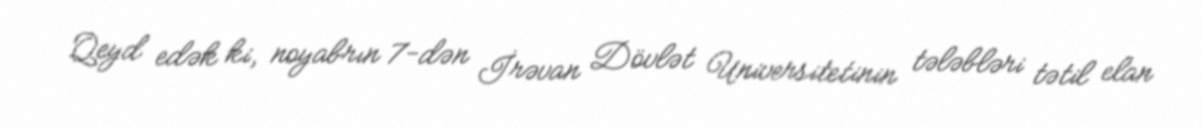
Qeyd edək ki, noyabrın 7-dən İrəvan Dövlət Universitetinin tələbləri tətil elan